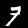
Digit: 7